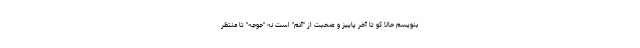
بنویسم حالا کو تا آخر پاییز و صحبت از "آدم" است نه "جوجه" تا منتظر